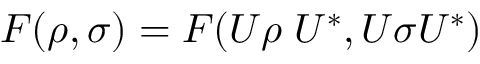
\; F ( \rho , \sigma ) = F ( U \rho \; U ^ { * } , U \sigma U ^ { * } )